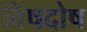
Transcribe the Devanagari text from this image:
विषदोष